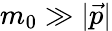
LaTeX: m_{0}\gg|{\vec{p}}|